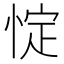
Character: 𢛸